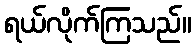
ရယ်လိုက်ကြသည်။